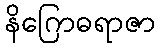
နိဂြောဓရာဇာ